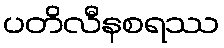
ပတိလီနစရဿ